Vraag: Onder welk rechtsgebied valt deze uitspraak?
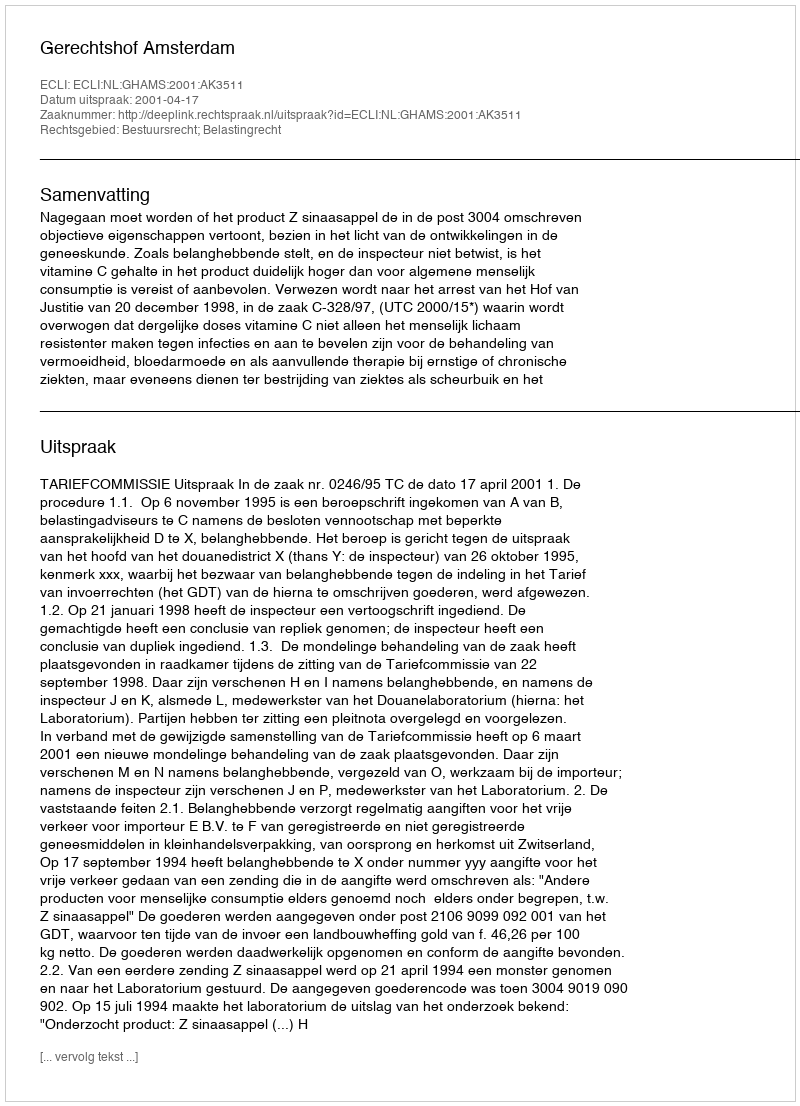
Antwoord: Bestuursrecht; Belastingrecht